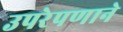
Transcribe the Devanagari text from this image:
उपरेपणाने